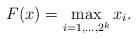
\begin{align*}F(x) = \max_{i=1,\ldots, 2^k} x_i.\end{align*}